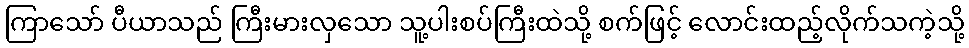
ကြာသော် ပီယာသည် ကြီးမားလှသော သူ့ပါးစပ်ကြီးထဲသို့ စက်ဖြင့် လောင်းထည့်လိုက်သကဲ့သို့